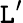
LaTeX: \mathtt{L}^{\prime}